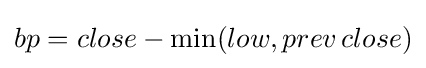
bp=close-\min(low,prev\,close)